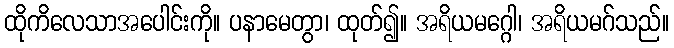
ထိုကိလေသာအပေါင်းကို။ ပနာမေတွာ၊ ထုတ်၍။ အရိယမဂ္ဂေါ၊ အရိယမဂ်သည်။